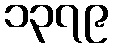
၁၃၇၉